Source: Handwritten
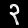
Digit: ၃ (3)